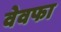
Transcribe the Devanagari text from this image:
वेवफा